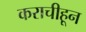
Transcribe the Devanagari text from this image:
कराचीहून